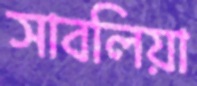
সাবলিয়া